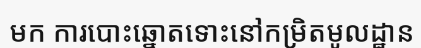
មក ការបោះឆ្នោតទោះនៅកម្រិតមូលដ្ឋាន